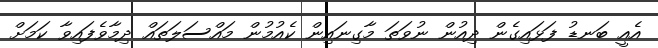
އެއީ ބަނޑު ފަޅައިގެން ދިއުން ނުވަތަ މާގިނައިން ކެއުމުން މައްސަލަތައް ދިމާވެފައިވާ ކަމަށް